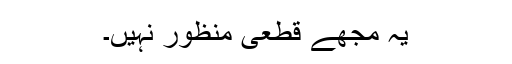
یہ مجھے قطعی منظور نہیں۔